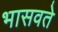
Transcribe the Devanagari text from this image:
भासवते